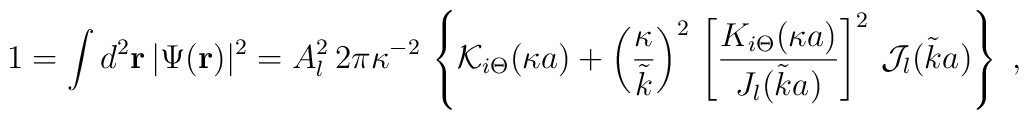
1 = \int d^{2} {\bf  r} \, | \Psi({\bf r})|^2   =A_{l}^{2} \, 2\pi \kappa^{-2} \, \left\{{\mathcal K}_{i \Theta} (\kappa a) + \left( \frac{\kappa }{\tilde{k} } \right)^{2}\,\left[\frac{K_{i \Theta}  (\kappa a)  }{J_{l}  ( \tilde{k} a ) } \right]^{2}\,{\mathcal J_{l}}( \tilde{k} a )  \right\}\; ,